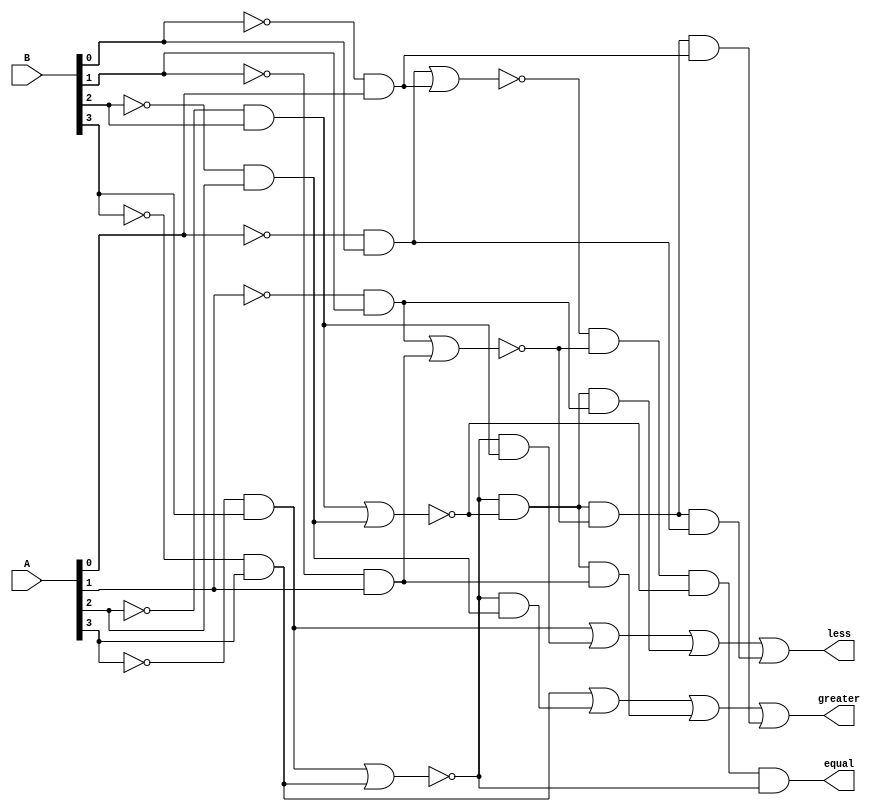
module bit_comparator(A,B,less,greater,equal);
input [3:0]A;
input [3:0]B;
output less,greater,equal;
wire anot1,anot2,anot3,anot4,bnot1,bnot2,bnot3,bnot4,anotb1,anotb2,anotb3,anotb4,bnota1,bnota2,bnota3,bnota4,ab1,ab2,ab3,ab4,someand1,someand2,someand3,someand4,someand5,someand6;

not
n1(anot1,A[0]),
n2(anot2,A[1]),
n3(anot3,A[2]),
n4(anot4,A[3]),
n5(bnot1,B[0]),
n6(bnot2,B[1]),
n7(bnot3,B[2]),
n8(bnot4,B[3]);

and
a1(anotb1,anot1,B[0]),
a2(anotb2,anot2,B[1]),
a3(anotb3,anot3,B[2]),
a4(anotb4,anot4,B[3]),
a5(bnota1,bnot1,A[0]),
a6(bnota2,bnot2,A[1]),
a7(bnota3,bnot3,A[2]),
a8(bnota4,bnot4,A[3]);

nor
no1(ab1,anotb1,bnota1),
no2(ab2,anotb2,bnota2),
no3(ab3,anotb3,bnota3),
no4(ab4,anotb4,bnota4);

and
an1(equal,ab1,ab2,ab3,ab4),
an2(someand1,ab4,anotb3),
an3(someand2,ab4,bnota3),
an4(someand3,ab4,ab3,anotb2),
an5(someand4,ab4,ab3,bnota2),
an6(someand5,ab4,ab3,ab2,anotb1),
an7(someand6,ab4,ab3,ab2,bnota1);

or
o1(less,anotb4,someand1,someand3,someand5),
o2(greater,bnota4,someand2,someand4,someand6);

endmodule